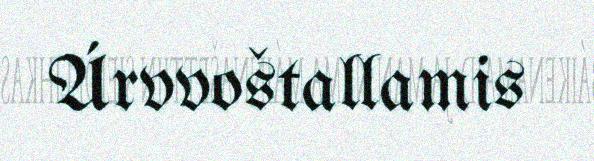
Árvvoštallamis